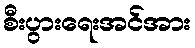
စီးပွားရေးအင်အား